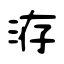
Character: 洊